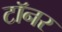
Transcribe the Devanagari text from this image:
टॉनर